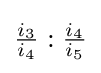
{\tfrac {i_{3}}{i_{4}}}:{\tfrac {i_{4}}{i_{5}}}